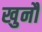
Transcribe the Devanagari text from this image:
खुनौ